Vabadussoja_Ajaloo_Komitee, lk 50
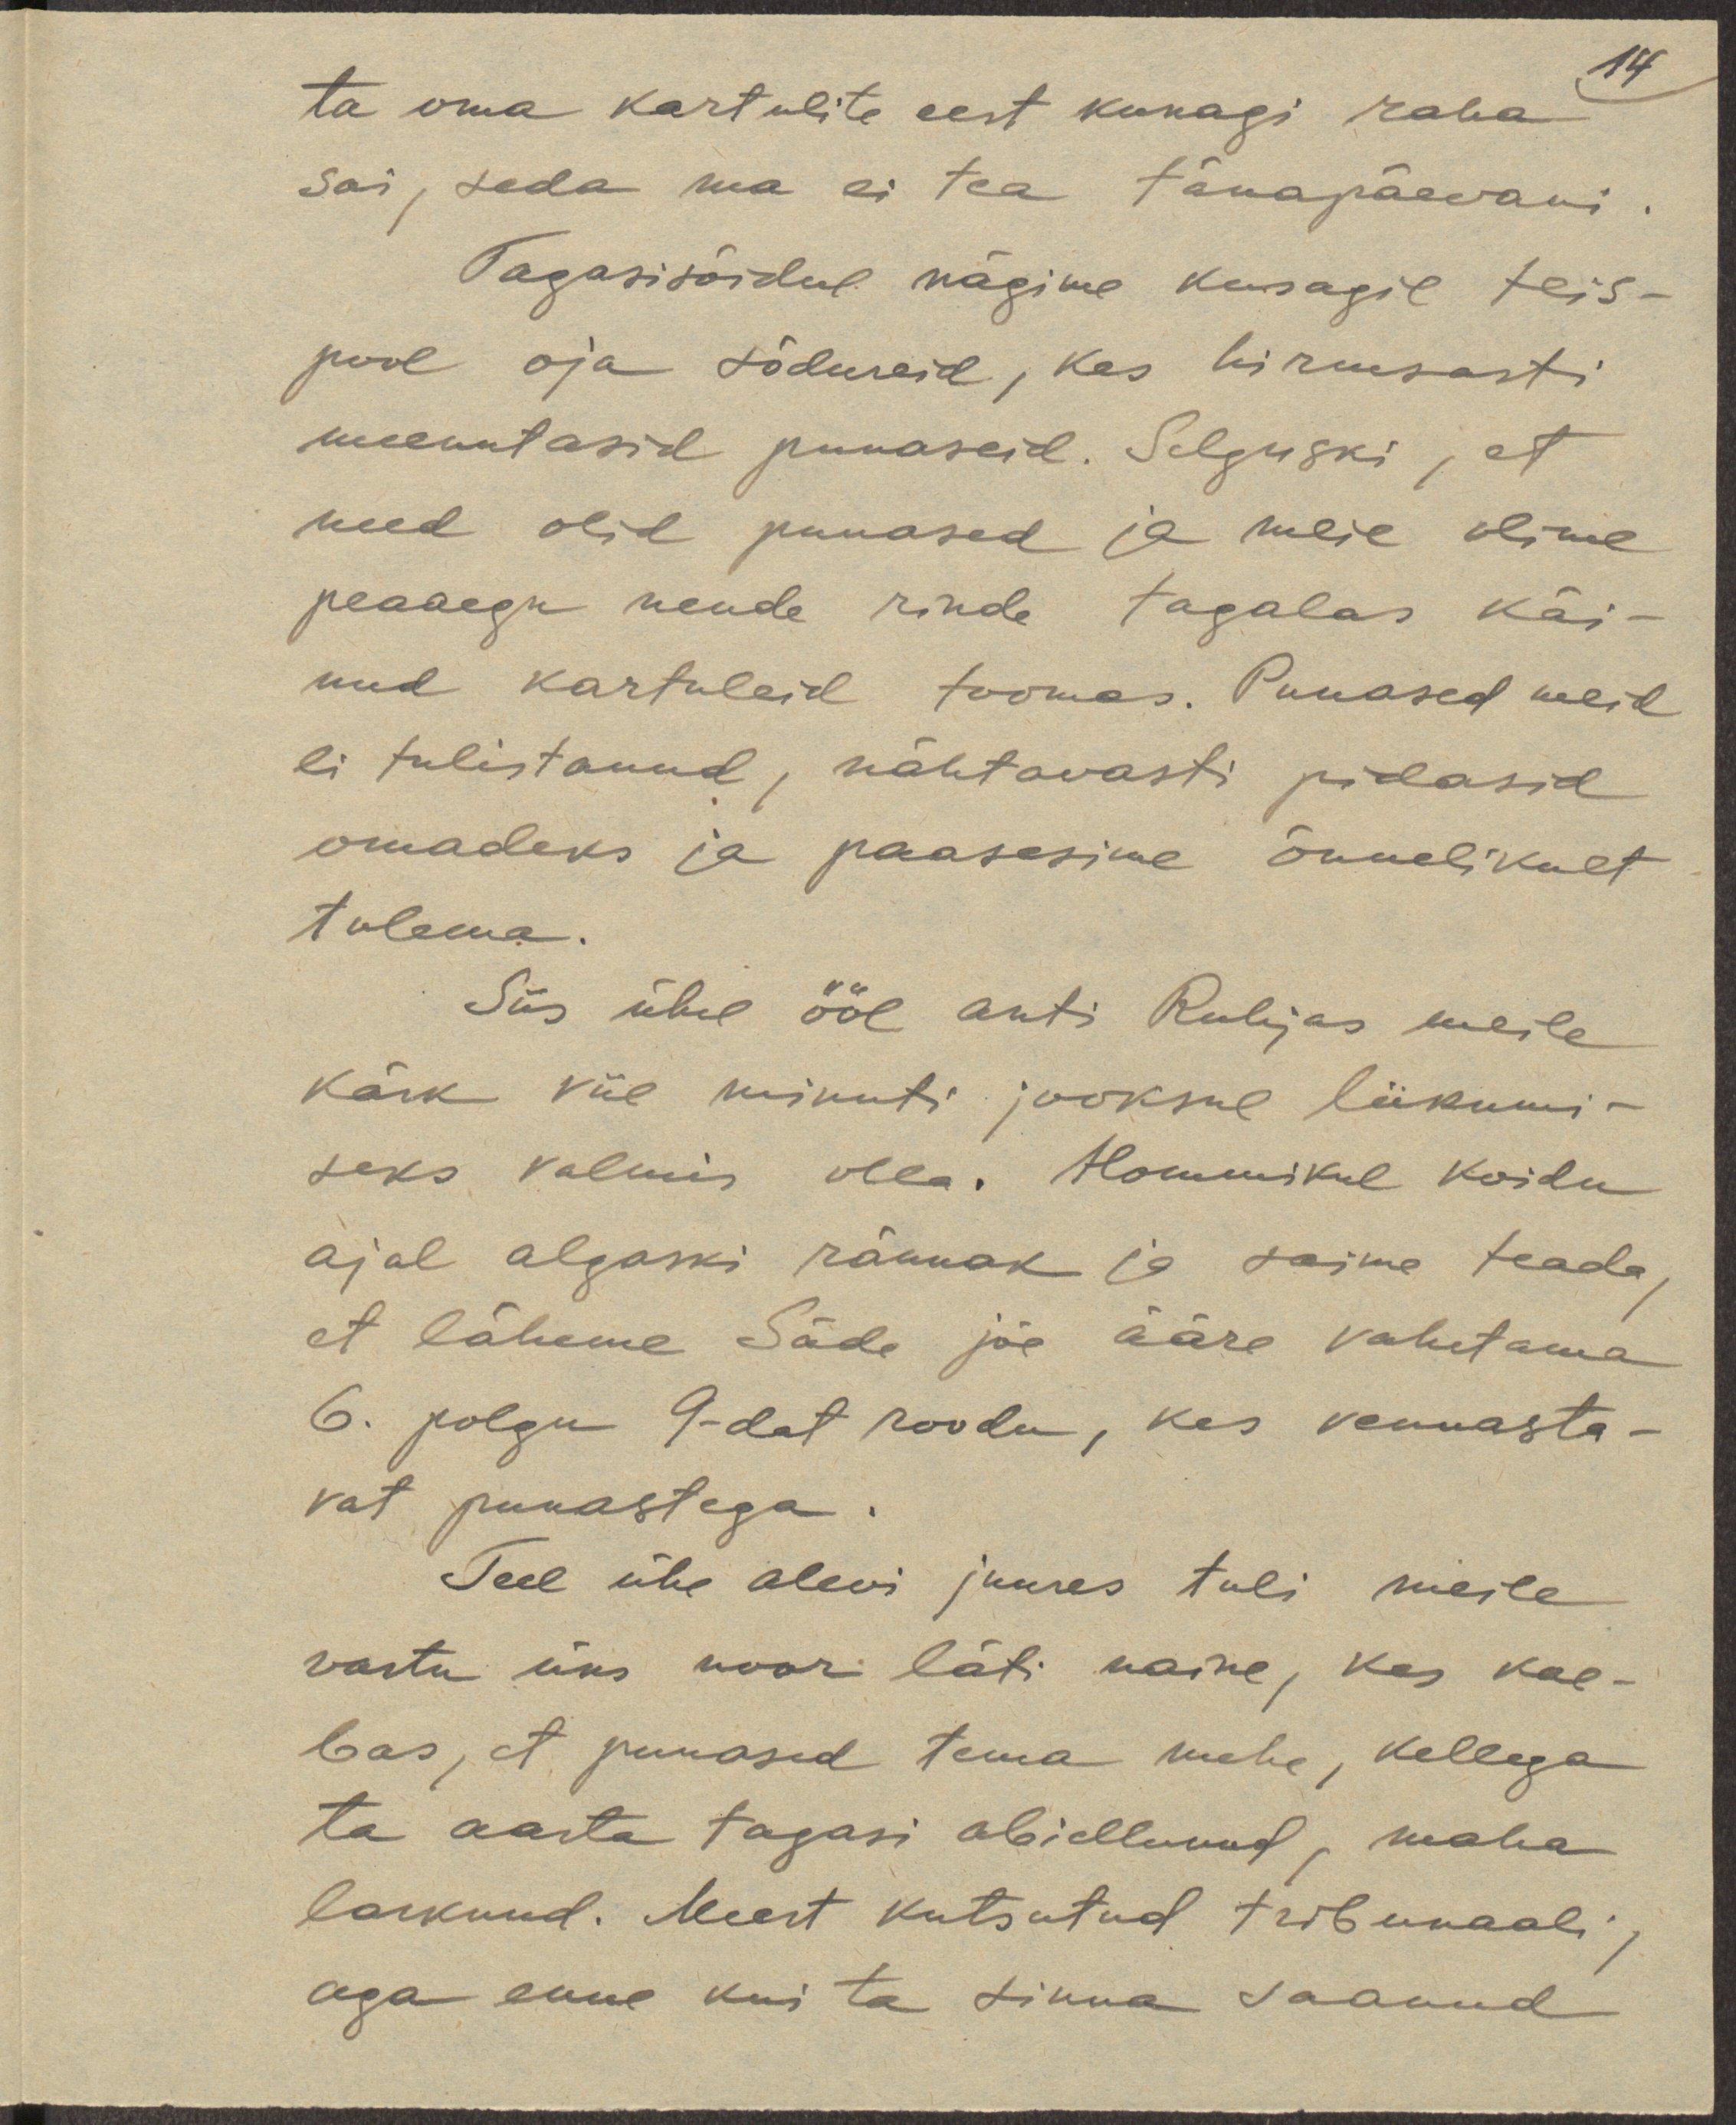
14
ta oma kartulite eest kunagi raha
sai, seda ma ei tea tänapäevani.
Tagasisõidul nägime kusagil teis-
pool oja sõdureid, kes hirmsasti
meenutasid punaseid. Selguski, et
need olid punased ja meie olime
peaaegu nende rinde tagalas käi-
nud kartuleid toomas. Punased meid
ei tulistanud, nähtavasti pidasid
omadeks ja paasesime õnnelikult
tulema.
Siis ühel ööl anti Ruhjas meile
käsk viie minuti jooksul liikumi-
seks valmis olla. Hommikul koidu
ajal algaski rännak ja saime teada,
et läheme Säde jõe ääre vahetama
6. polgu 9-dat roodu, kes vennasta-
vat punastega.
Teel ühe alevi juures tuli meile
vastu üks noor läti naine, kes kae-
bas, et punased tema mehe, kellega
ta aasta tagasi abiellunud, maha
lasknud. Meest kutsutud tribunaali,
aga enne kui ta sinna saanud